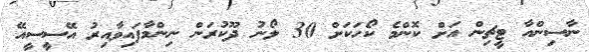
ނާސިންއާ ޓީޗިން އަށް ކޮންމެ ކޯހަކަށް 30 ލޯނު ދޫކުރަން ނިންމާފައިވާއިރު އޭސީސީއޭ